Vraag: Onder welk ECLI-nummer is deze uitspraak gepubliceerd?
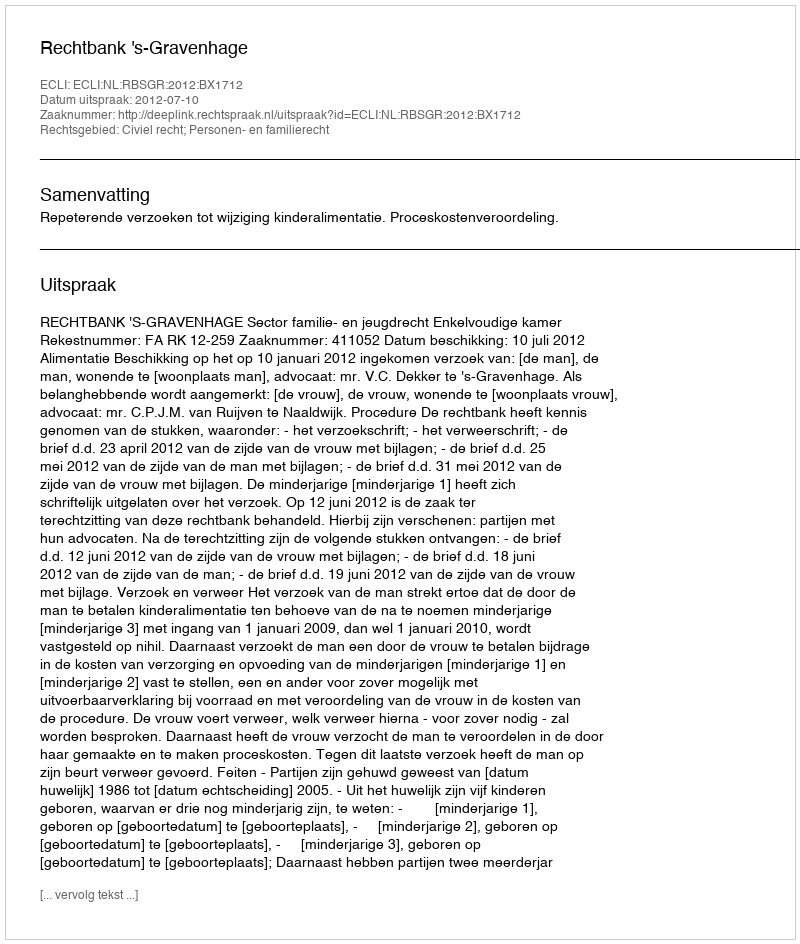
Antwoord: ECLI:NL:RBSGR:2012:BX1712